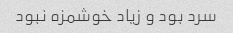
سرد بود و زیاد خوشمزه نبود